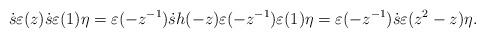
LaTeX: \begin{align*} \dot{s}\varepsilon(z) \dot{s} \varepsilon (1) \eta= \varepsilon(-z^{-1}) \dot{s} h(-z)\varepsilon(-z^{-1}) \varepsilon (1) \eta =\varepsilon(-z^{-1}) \dot{s} \varepsilon(z^2-z) \eta.\end{align*}